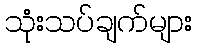
သုံးသပ်ချက်များ